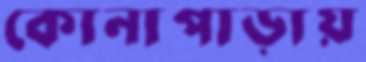
কোনাপাড়ায়